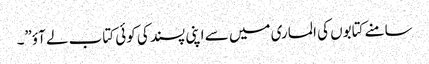
سامنے کتابوں کی الماری میں سے اپنی پسند کی کوئی کتاب لے آؤ”۔